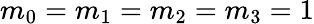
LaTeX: m_{0}=m_{1}=m_{2}=m_{3}=1